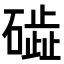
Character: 𥖋